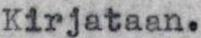
Kirjataan.